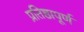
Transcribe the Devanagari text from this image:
प्रतिष्ठापूर्ण